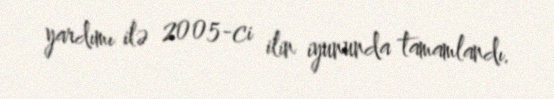
yardımı ilə 2005-ci ilin iyununda tamamlandı.